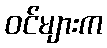
ဝင်များက